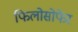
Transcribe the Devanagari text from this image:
फिलोसोफेर